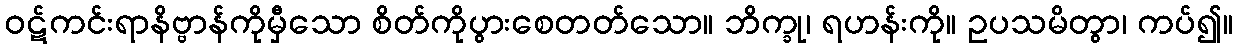
ဝဋ်ကင်းရာနိဗ္ဗာန်ကိုမှီသော စိတ်ကိုပွားစေတတ်သော။ ဘိက္ခု၊ ရဟန်းကို။ ဥပသမိတွာ၊ ကပ်၍။